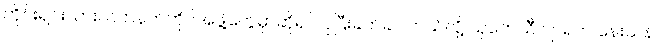
တိုင်းရင်းသားလက်နက်ကိုင်အဖွဲ့တွေမှာဆိုရင် ပိုပြီးခက်ခဲပါတယ်လို့ သုတေသီ ဂျာရက် နေးသန်